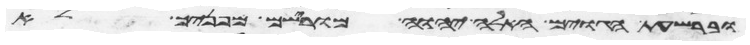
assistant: וברשעת הגוים האלה יהוה מורישם מפניך לא